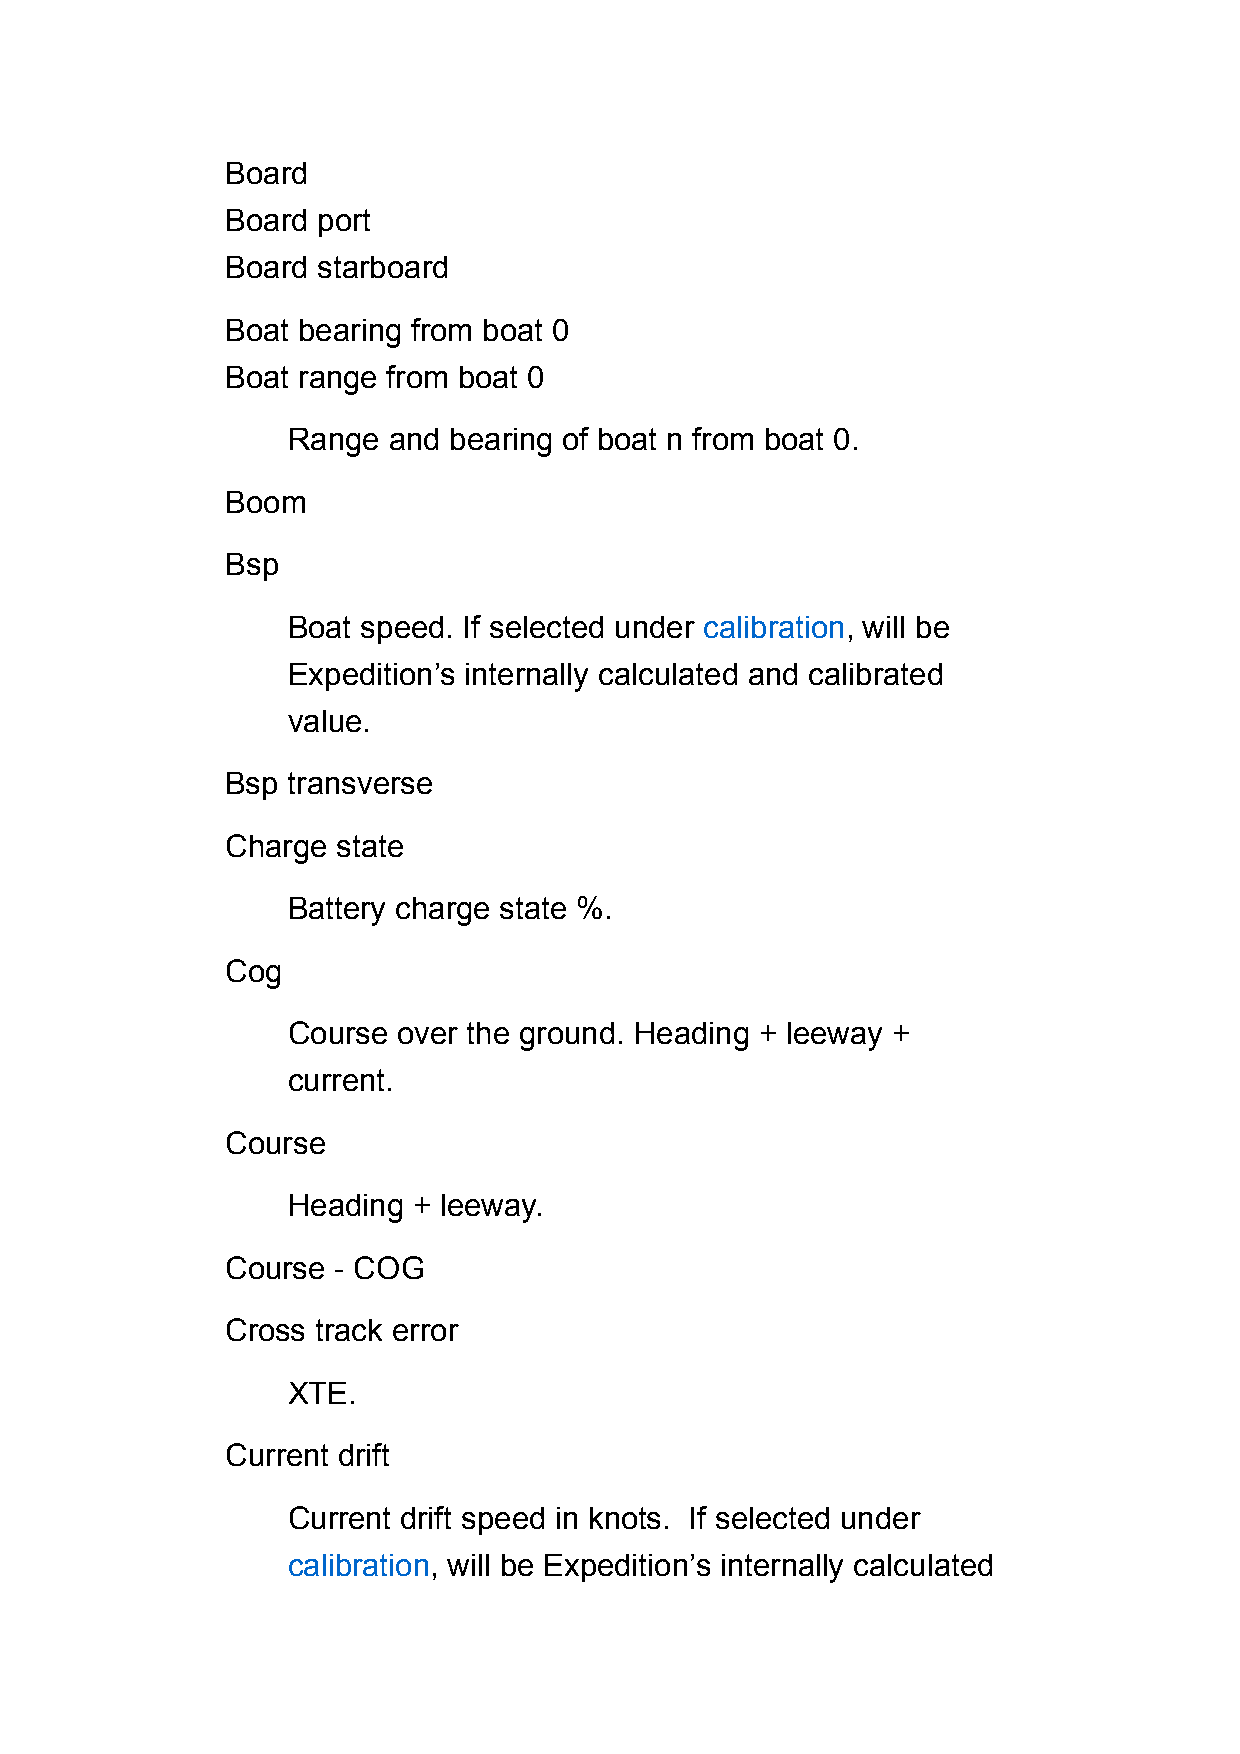
Board
 Board port
 Board starboard
 Boat bearing from boat 0
 Boat range from boat 0
 Range  and bearing of boat n from boat 0.
 Boom
 Bsp
 Boat speed. If selected under calibration, will be
 Expedition’s internally calculated and calibrated
 value.
 Bsp transverse
 Charge state
 Battery charge state %.
 Cog
 Course over the ground. Heading + leeway +
 current.
 Course
 Heading + leeway.
 Course - COG
 Cross track error
 XTE.
 Current drift
 Current drift speed in knots. If selected under
 calibration, will be Expedition’s internally calculated